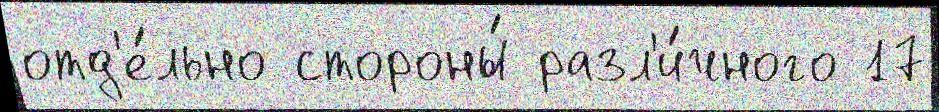
отд'е́льно стороны́ разл'и́чного 17